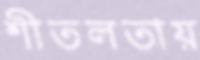
শীতলতায়